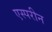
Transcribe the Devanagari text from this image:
एस्परीन